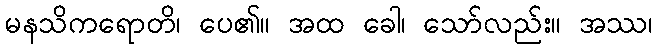
မနသိကရောတိ၊ ပေ၏။ အထ ခေါ၊ သော်လည်း။ အဿ၊